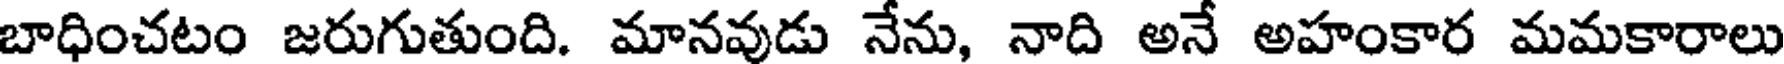
బాధించటం జరుగుతుంది. మానవుడు నేను, నాది అనే అహంకార మమకారాలు